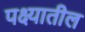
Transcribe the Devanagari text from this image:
पक्ष्यातील